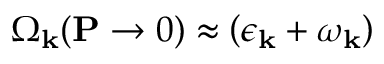
\Omega _ { \mathbf { k } } ( \mathbf { P } \rightarrow 0 ) \approx \left( \epsilon _ { \mathbf { k } } + \omega _ { \mathbf { k } } \right)